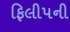
ફિલીપની